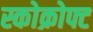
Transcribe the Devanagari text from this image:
स्कोक्रोफ्ट